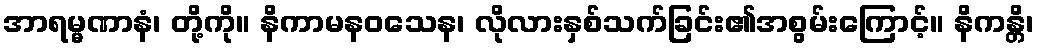
အာရမ္မဏာနံ၊ တို့ကို။ နိကာမနဝသေန၊ လိုလားနှစ်သက်ခြင်း၏အစွမ်းကြောင့်။ နိကန္တိ၊